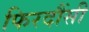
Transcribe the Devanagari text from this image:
फिरदौंसी